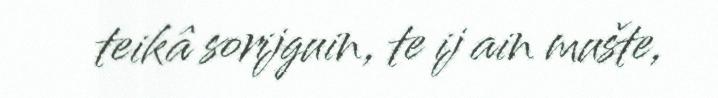
teikâ sorijguin, te ij ain mušte,